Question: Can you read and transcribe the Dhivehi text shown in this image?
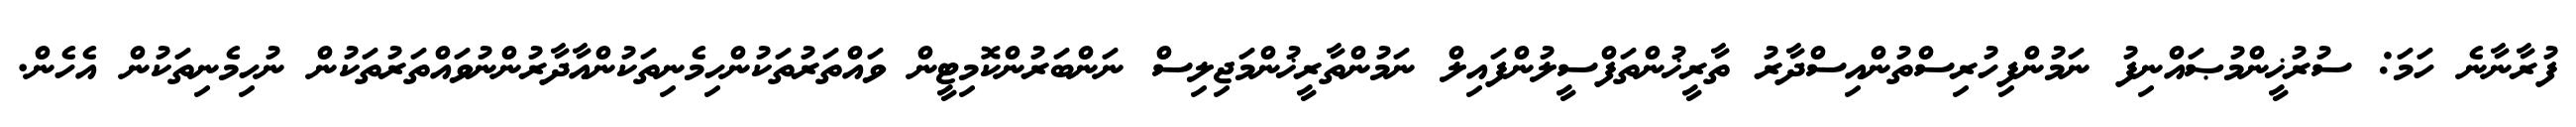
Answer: ފުރާނާނެ ހަމަ: ސުރުޚީންމުޞައްނިފު ނަމުންފިހުރިސްތުންއިސްދާރު ތާރީޚުންތަފްސީލުންފައިލް ނަމުންތާރީޚުންމަޖިލިސް ނަންބަރުންކޮމިޓީން ވައްތަރުތަކުންހިމެނިތަކުންއާދާރުންނުވައްތަރުތަކުން ނުހިމެނިތަކުން އެހެން.